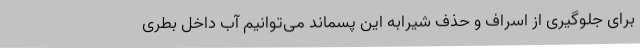
برای جلوگیری از اسراف و حذف شیرابه این پسماند می‌توانیم آب داخل بطری